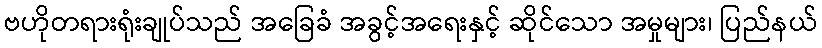
ဗဟိုတရားရုံးချုပ်သည် အခြေခံ အခွင့်အရေးနှင့် ဆိုင်သော အမှုများ၊ ပြည်နယ်